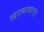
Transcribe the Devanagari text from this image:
खडकाखालून